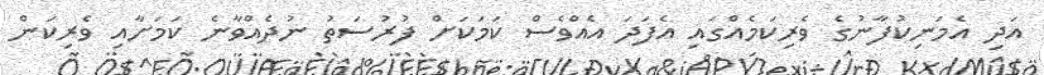
އަދި އެމަނިކުފާނުގެ ވެރިކަމެއްގައި އެފަދަ އެއްވެސް ކަމަކަށް ފުރުސަތު ނުދެއްވާނެ ކަމަށާއި ވެރިކަން